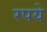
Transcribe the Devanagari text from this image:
रपये